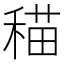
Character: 䅦